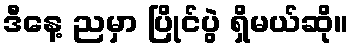
ဒီနေ့ ညမှာ ပြိုင်ပွဲ ရှိမယ်ဆို။